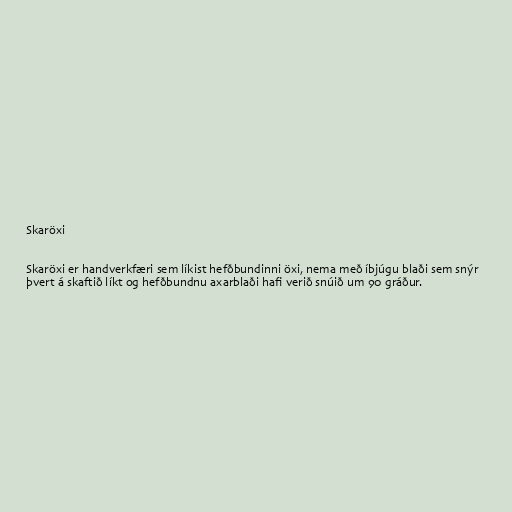
Skaröxi

Skaröxi er handverkfæri sem líkist hefðbundinni öxi, nema með íbjúgu blaði sem snýr
þvert á skaftið líkt og hefðbundnu axarblaði hafi verið snúið um 90 gráður.